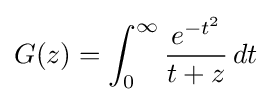
G(z)=\int _{0}^{\infty }{\frac {e^{-t^{2}}}{t+z}}\,dt